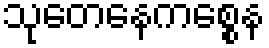
သုတေနေကစ္စေန